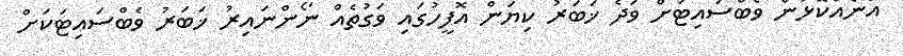
އަނެއްކޮޅުން ވެބްސައިޓަށް ވަދެ ޚަބަރު ކިޔަން އޮފީހުގައި ވަގުތެއް ނޯންނައިރު ޚަބަރު ވެބްސައިޓަކަށް